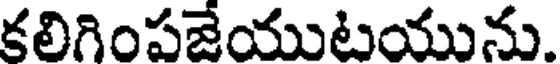
కలిగింపజేయుటయును.